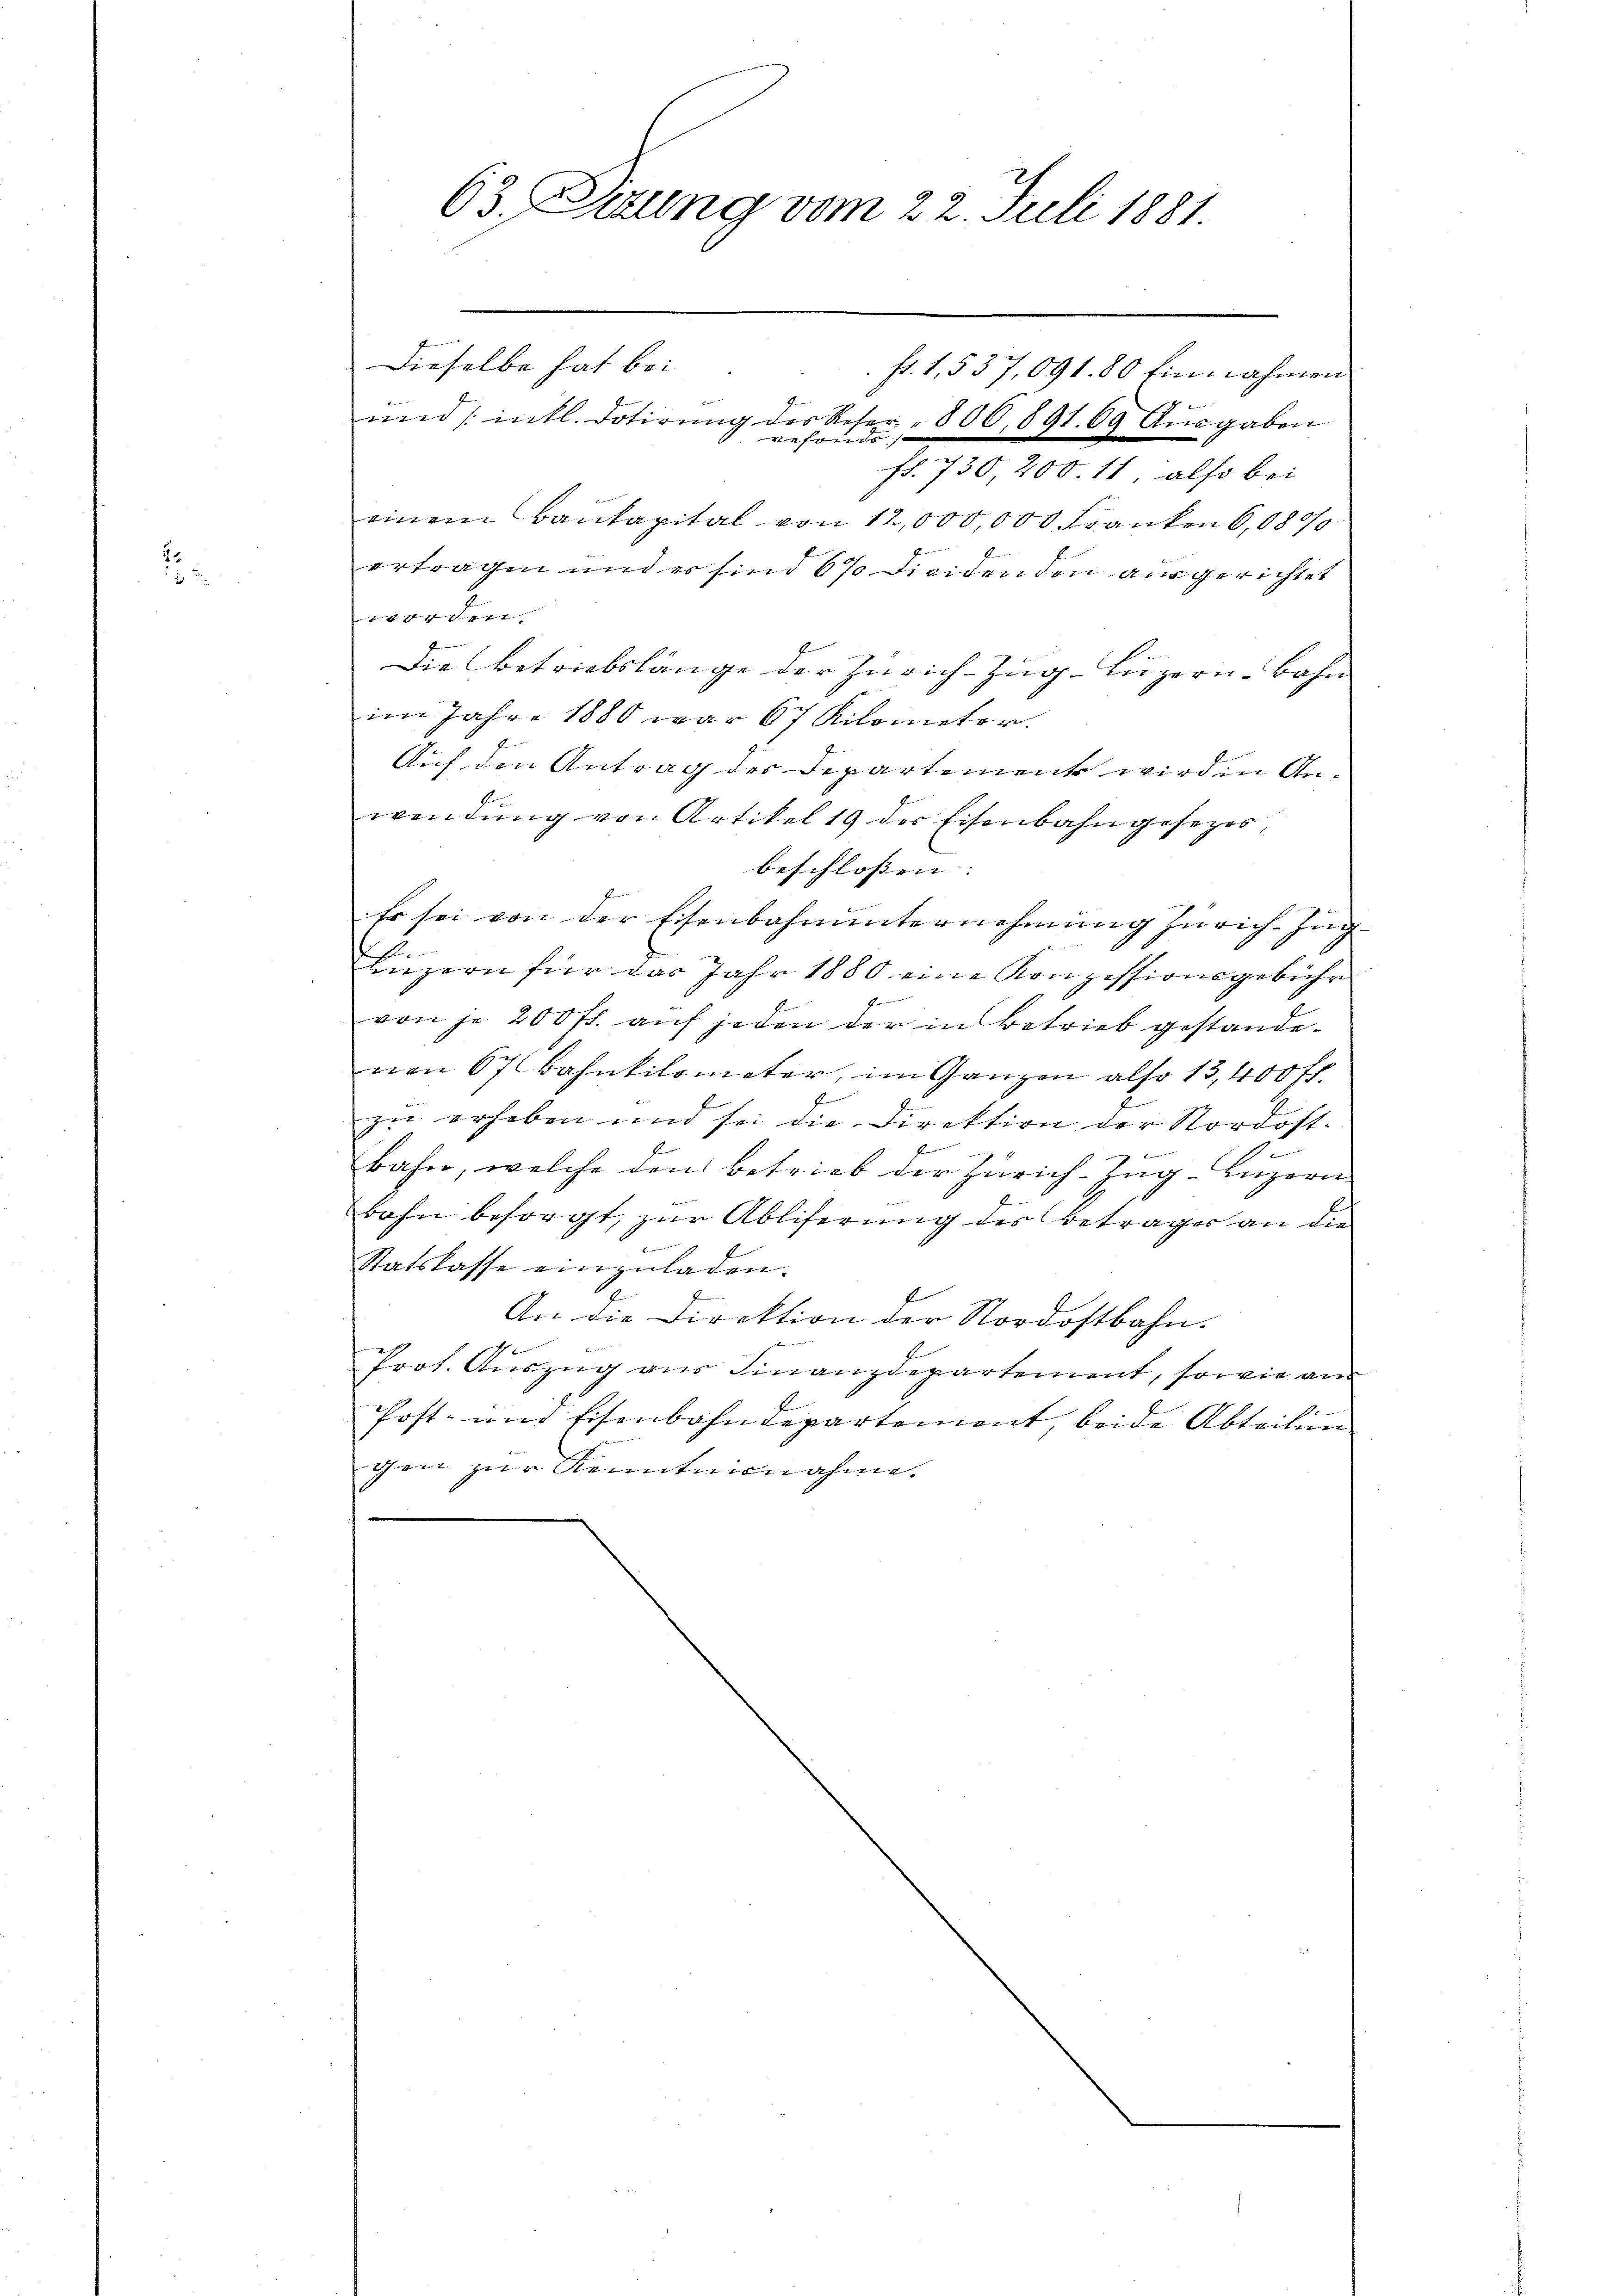
2

63. Errung vom 22. Juli 1881.

Dieselbe hat bei
 fr. 1,537,091. 80 Einnahmen
ŭnd /: entl. Dotirŭng des Reser " 800, 891. 69 Aŭsgaben
verfa
fr. 730, 200. 11, also bei
einem Baukapital von 12,000,000 Franken 6, 1890
ertragen und er sind 67 Dividen den ausgerichtet
1204 litt
Die Betriebslänge der Zürich–Zug–Luzern-Bahn
im Jahre 1880 war 67 Kilometor.
Auf den Antrag der Departement wird in Anwendung von Artikel 19 der Eisenbahngesezes,
beschlossen. |
E
Er sei von der Eisenbahnunternehmung Zürich-Ing
6
2
Luzern für das Jahr 1880 eine Konzessionsgebühr
s
von je 200 fl. auf jeden der in Betrieb gestandenen 67 Bahnkilometer, im Ganzen also 13,400 fl.
zu erhoben und sei die Direktion der Nordost.
2
bahn, welche den betrieb der Zürich–Zug–Luzern
bahn besorgt, zur Abliferung des Beträger an die
6
Statskasse einzuladen.
l
An die Direktion der Nordostbahn.
1
Prot. Auszug aus Finanzdepartement, sowie an
Post- und Eisenbahndepartement, beide Abteilun
gen zur Kenntnisnahme.